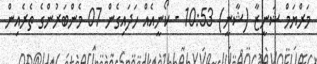
މަރްޔަމް ޝަނީޒާ (ޝާނީ) 10:53 - ކޯނީއެއް ހަދައިގެން 07 މެންބަރުންގެ ތެރެއިން